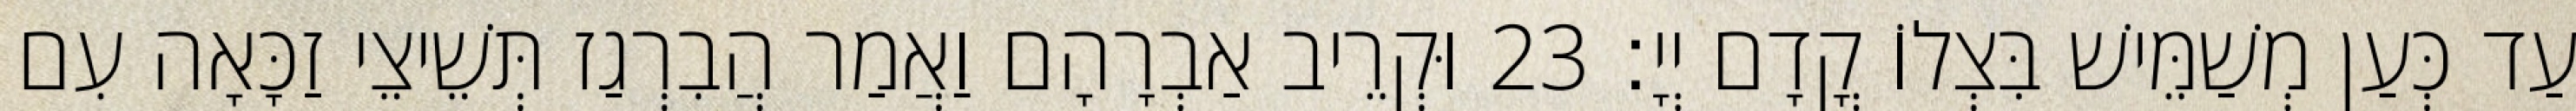
עַד כְּעַן מְשַׁמֵּישׁ בִּצְלוֹ קֳדָם יְיָ׃ 23 וּקְרֵיב אַבְרָהָם וַאֲמַר הֲבִרְגַז תְּשֵׁיצֵי זַכָּאָה עִם